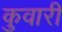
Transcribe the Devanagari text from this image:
कुवारीं